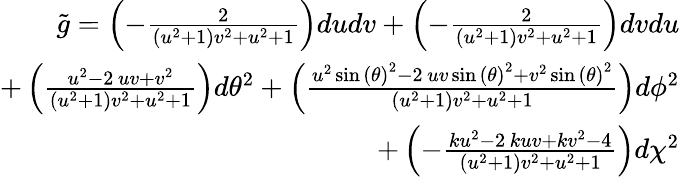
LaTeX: \begin{array}{r}{\tilde{g}=\left(-\frac{2}{{\left(u^{2}+1\right)}v^{2}+u^{2}+1}\right)dudv+\left(-\frac{2}{{\left(u^{2}+1\right)}v^{2}+u^{2}+1}\right)dvdu}\\ {+\left(\frac{u^{2}-2\, uv+v^{2}}{{\left(u^{2}+1\right)}v^{2}+u^{2}+1}\right)d\theta^{2}+\left(\frac{u^{2}\sin\left({\theta}\right)^{2}-2\, uv\sin\left({\theta}\right)^{2}+v^{2}\sin\left({\theta}\right)^{2}}{{\left(u^{2}+1\right)}v^{2}+u^{2}+1}\right)d\phi^{2}}\\ {+\left(-\frac{ku^{2}-2\, kuv+kv^{2}-4}{{\left(u^{2}+1\right)}v^{2}+u^{2}+1}\right)d\chi^{2}}\end{array}